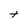
Character: t